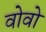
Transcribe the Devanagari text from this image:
वोवो